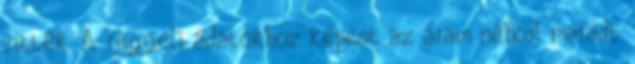
vitték. A reggeli adatokhoz képest az áram nélkül maradt